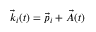
\vec { k } _ { i } ( t ) = \vec { p } _ { i } + \vec { A } ( t )